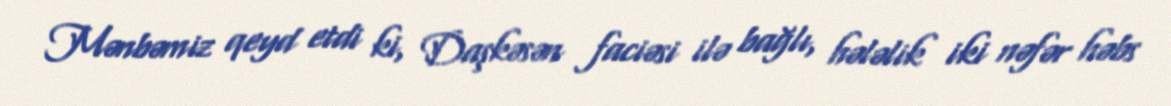
Mənbəmiz qeyd etdi ki, Daşkəsən faciəsi ilə bağlı, hələlik iki nəfər həbs